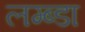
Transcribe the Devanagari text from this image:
लम्ब्डा